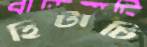
হিটাচি